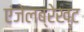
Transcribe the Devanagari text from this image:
एंजेलब्रेख्ट